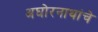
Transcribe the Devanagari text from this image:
अघोरनाथांचे